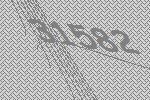
31582